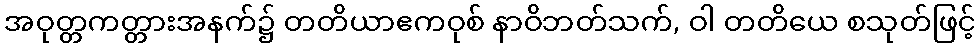
အဝုတ္တကတ္တားအနက်၌ တတိယာဧကဝုစ် နာဝိဘတ်သက်, ဝါ တတိယေ စသုတ်ဖြင့်